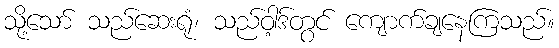
သို့သော် သည်ဆေးရုံ၊ သည်ဝါ့ဒ်တွင် ကျောက်ချနေကြသည်။